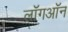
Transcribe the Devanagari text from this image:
लॉगऑन